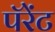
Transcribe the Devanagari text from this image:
पॅरेंट